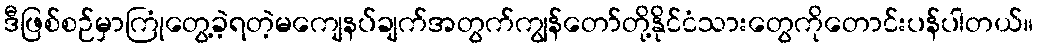
ဒီဖြစ်စဉ်မှာကြုံတွေ့ခဲ့ရတဲ့မကျေနပ်ချက်အတွက်ကျွန်တော်တို့နိုင်ငံသားတွေကိုတောင်းပန်ပါတယ်။